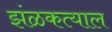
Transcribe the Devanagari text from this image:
झंळकत्याल